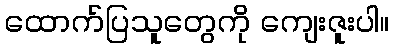
ထောက်ပြသူတွေကို ကျေးဇူးပါ။